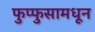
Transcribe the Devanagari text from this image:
फुप्फुसामधून